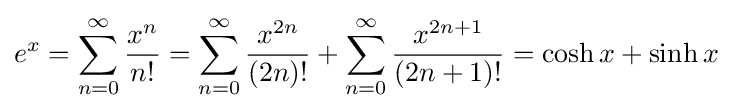
e^{x}=\sum _{n=0}^{\infty }{x^{n} \over n!}=\sum _{n=0}^{\infty }{\frac {x^{2n}}{(2n)!}}+\sum _{n=0}^{\infty }{\frac {x^{2n+1}}{(2n+1)!}}=\cosh x+\sinh x